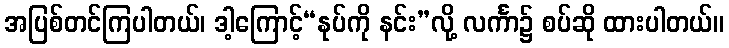
အပြစ်တင်ကြပါတယ်၊ ဒါ့ကြောင့်“နုပ်ကို နင်း”လို့ လင်္ကာ၌ စပ်ဆို ထားပါတယ်။